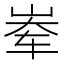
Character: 𪨶